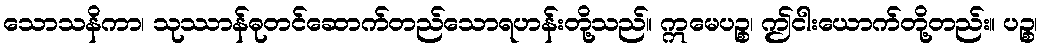
သောသနိကာ၊ သုဿာန်ဓုတင်ဆောက်တည်သောရဟန်းတို့သည်။ ဣမေပဉ္စ၊ ဤငါးယောက်တို့တည်း။ ပဉ္စ၊